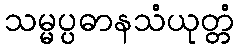
သမ္မပ္ပဓာနသံယုတ္တံ